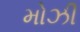
મોઝી